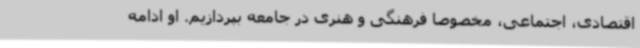
اقتصادی، اجتماعی، مخصوصا فرهنگی و هنری در جامعه بپردازیم. او ادامه